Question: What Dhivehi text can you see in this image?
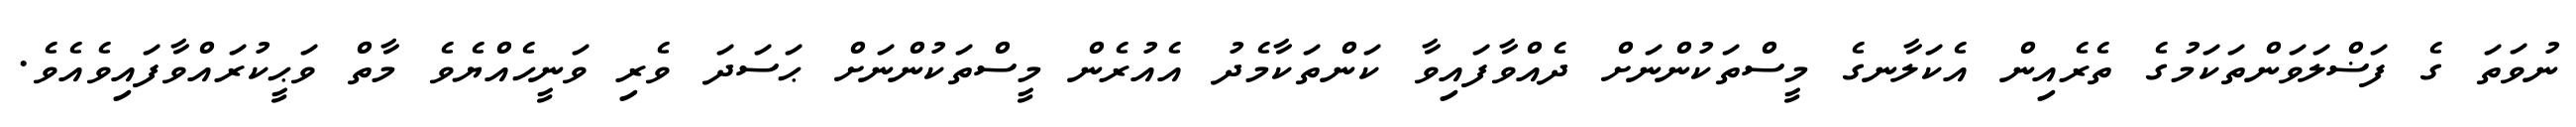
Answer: ނުވަތަ ގެ ފަޟްލަވަންތަކަމުގެ ތެރެއިން އެކަލާނގެ މީސްތަކުންނަށް ދެއްވާފައިވާ ކަންތަކާމެދު އެއުރެން މީސްތަކުންނަށް ޙަސަދަ ވެރި ވަނީހެއްޔެވެ މާތް ވަޙީކުރައްވާފައިވެއެވެ.